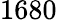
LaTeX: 1680